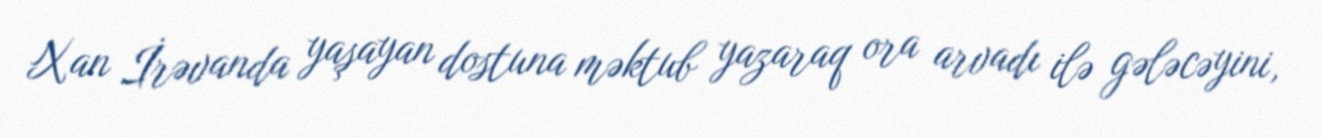
Xan İrəvanda yaşayan dostuna məktub yazaraq ora arvadı ilə gələcəyini,